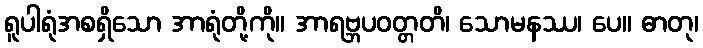
ရူပါရုံအစရှိသော အာရုံတို့ကို။ အာရဗ္ဘပဝတ္တတိ၊ သောမနဿ၊ ပေ။ ဓာတု၊